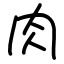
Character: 肉